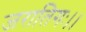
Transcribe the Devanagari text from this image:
जरातिगः।।